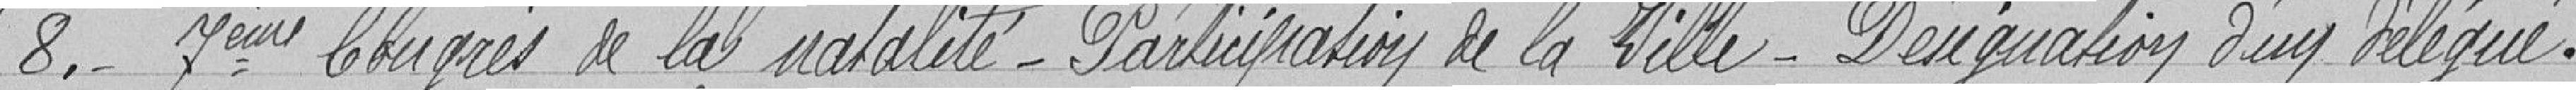
8. - 7ème Congrès de la natalité - Participation de la Ville - Désignation d'un délégué.